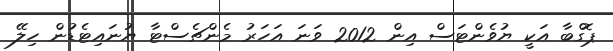
ޕޮގްބާ އަކީ ޔުވެންޓަސް އިން 2012 ވަނަ އަހަރު މެންޗެސްޓާ ޔުނައިޓެޑުން ހިލޭ